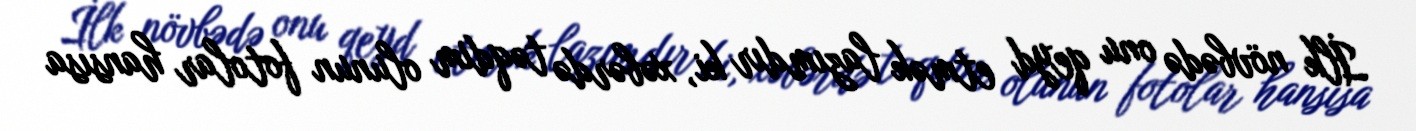
İlk növbədə onu qeyd etmək lazımdır ki, xəbərdə təqdim olunun fotolar hansısa